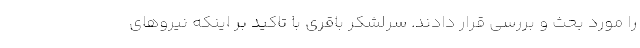
را مورد بحث و بررسی قرار دادند. سرلشکر باقری با تاکید بر اینکه نیروهای